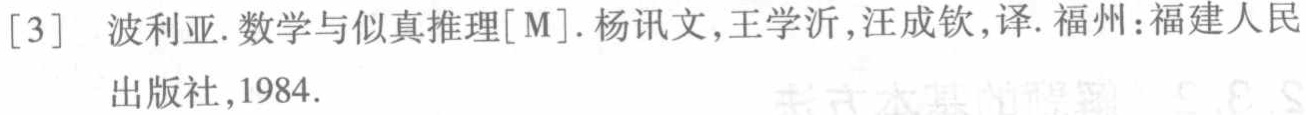
[3] 波利亚. 数学与似真推理[M]. 杨讯文,王学沂,汪成钦,译. 福州：福建人民出版社,1984.